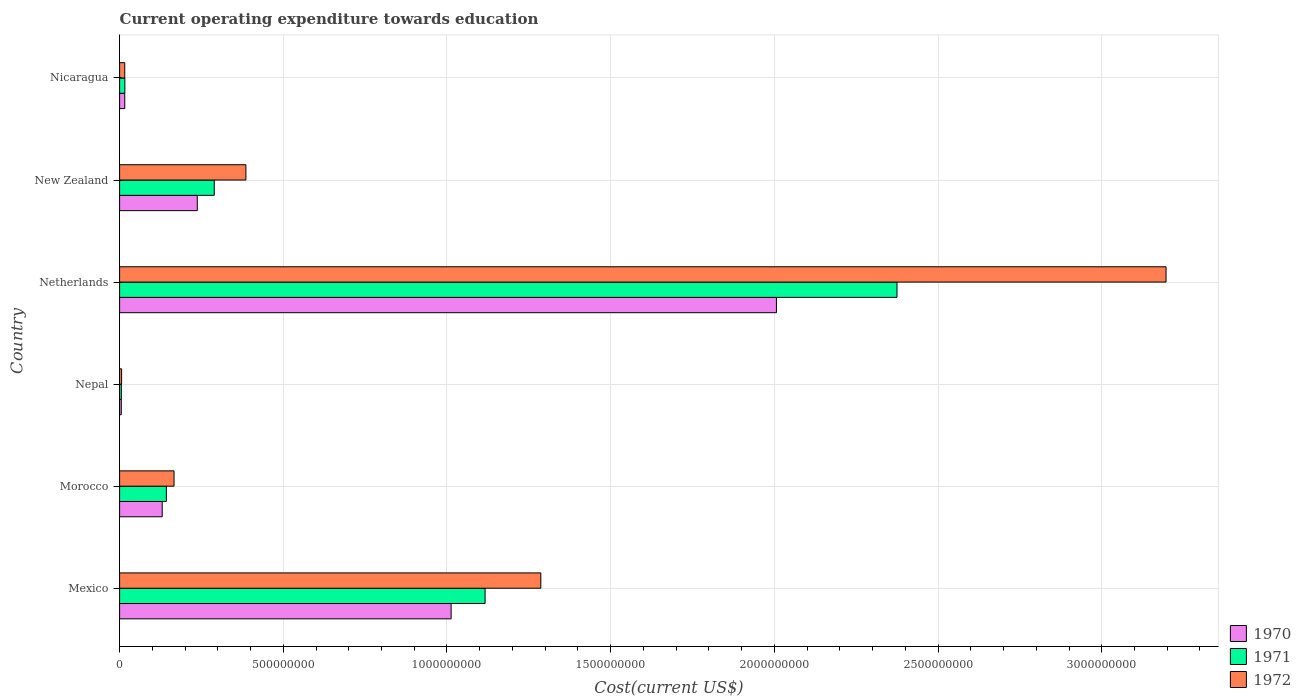
| Country | 1970 | 1971 | 1972 |
 | --- | --- | --- | --- |
 | Mexico | 1.01e+09 | 1.12e+09 | 1.29e+09 |
 | Morocco | 1.3e+08 | 1.43e+08 | 1.66e+08 |
 | Nepal | 5.2e+06 | 5.3e+06 | 6.14e+06 |
 | Netherlands | 2.01e+09 | 2.37e+09 | 3.2e+09 |
 | New Zealand | 2.37e+08 | 2.89e+08 | 3.86e+08 |
 | Nicaragua | 1.58e+07 | 1.61e+07 | 1.57e+07 |